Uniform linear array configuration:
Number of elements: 16
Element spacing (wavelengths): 0.5
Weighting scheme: hann
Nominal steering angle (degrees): -60
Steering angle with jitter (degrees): -59.769
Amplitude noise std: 0.05
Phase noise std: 0.05

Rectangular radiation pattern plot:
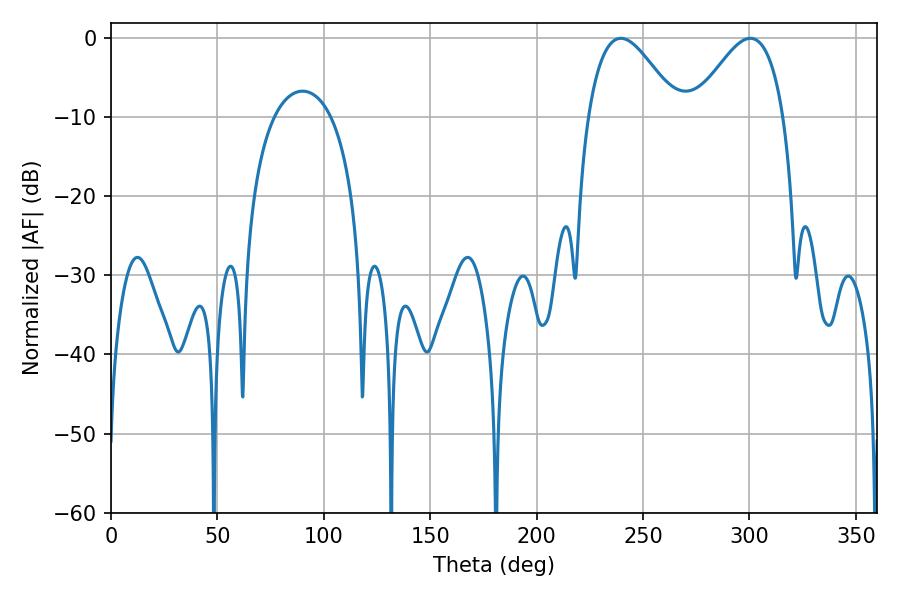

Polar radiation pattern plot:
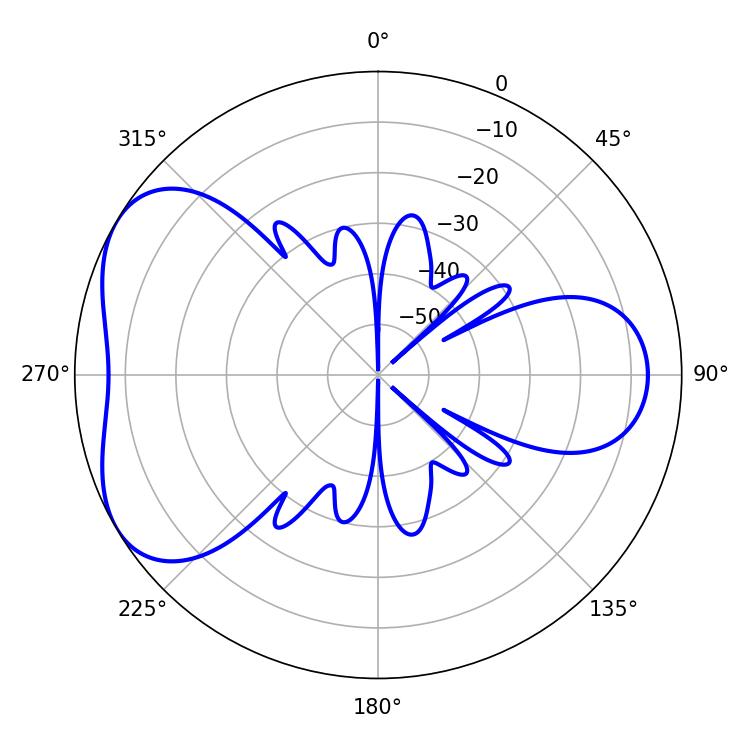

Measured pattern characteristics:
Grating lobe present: FALSE
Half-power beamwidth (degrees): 22.86
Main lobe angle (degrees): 300.42